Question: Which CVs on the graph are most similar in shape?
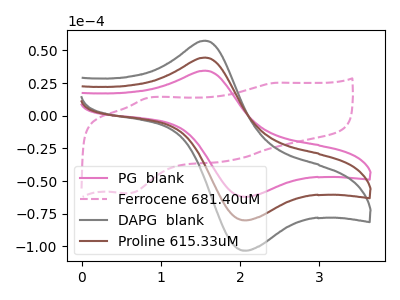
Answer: <think>The pink curve "PG  blank" has an anodic peak at (1.55V, 34.50uA) and a cathodic peak at (2.10V, -61.90uA). The pink dashed curve "Ferrocene 681.40uM" has anodic peaks at (2.45V, 25.20uA) (0.85V, 13.90uA) and cathodic peaks at (1.85V, -34.35uA) (0.55V, -59.35uA). The gray curve "DAPG  blank" has an anodic peak at (1.55V, 89.10uA) and a cathodic peak at (2.10V, -159.80uA). The brown curve "Proline 615.33uM" has an anodic peak at (1.55V, 44.55uA) and a cathodic peak at (2.10V, -79.90uA).
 "PG  blank" and "Ferrocene 681.40uM" have a different number of peaks. All the peaks in "PG  blank" have a peak in "DAPG  blank" at the same potential. Every peak in "PG  blank" is lower than every peak in "DAPG  blank". All the peaks in "PG  blank" have a peak in "Proline 615.33uM" at the same potential. Every peak in "PG  blank" is lower than every peak in "Proline 615.33uM". "Ferrocene 681.40uM" and "DAPG  blank" have a different number of peaks. "Ferrocene 681.40uM" and "Proline 615.33uM" have a different number of peaks. All the peaks in "DAPG  blank" have a peak in "Proline 615.33uM" at the same potential. Every peak in "DAPG  blank" is higher than every peak in "Proline 615.33uM".</think>
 <answer>"PG  blank", "DAPG  blank" and "Proline 615.33uM" have the same shape and are likely CV's of the same chemical.</answer>
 <eval>"PG  blank" "DAPG  blank" "Proline 615.33uM"</eval>